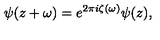
\psi ( z + \omega ) = e ^ { 2 \pi i \zeta ( \omega ) } \psi ( z ) ,